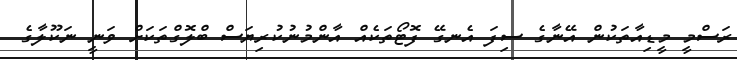
ރަސްމީ މީޑިއާތަކުން އޭނާގެ ސިފަ އެނގޭ ފޮޓޯތަކެއް އާންމުނުކުރިޔަސް ބްލޮގްތަކަށް ވަނީ ނަކޫލާގެ